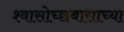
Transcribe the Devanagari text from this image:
श्वासोच्छवासाच्या